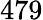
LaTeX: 479